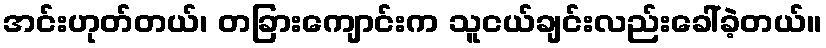
အင်းဟုတ်တယ်၊ တခြားကျောင်းက သူငယ်ချင်းလည်းခေါ်ခဲ့တယ်။